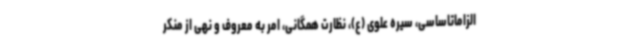
الزاماتاساسی، سیره علوی (ع)، نظارت همگانی، امر به معروف و نهی از منکر